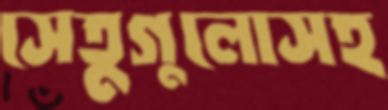
সেতুগুলোসহ